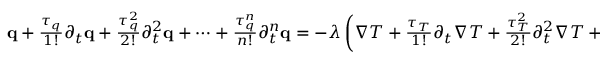
\begin{array} { r } { \mathbf q + \frac { \tau _ { q } } { 1 ! } \partial _ { t } \mathbf q + \frac { \tau _ { q } ^ { 2 } } { 2 ! } \partial _ { t } ^ { 2 } \mathbf q + \dots + \frac { \tau _ { q } ^ { n } } { n ! } \partial _ { t } ^ { n } \mathbf q = - \lambda \left( \nabla T + \frac { \tau _ { T } } { 1 ! } \partial _ { t } \nabla T + \frac { \tau _ { T } ^ { 2 } } { 2 ! } \partial _ { t } ^ { 2 } \nabla T + \dots + \frac { \tau _ { T } ^ { m } } { m ! } \partial _ { t } ^ { m } \nabla T \right) . } \end{array}